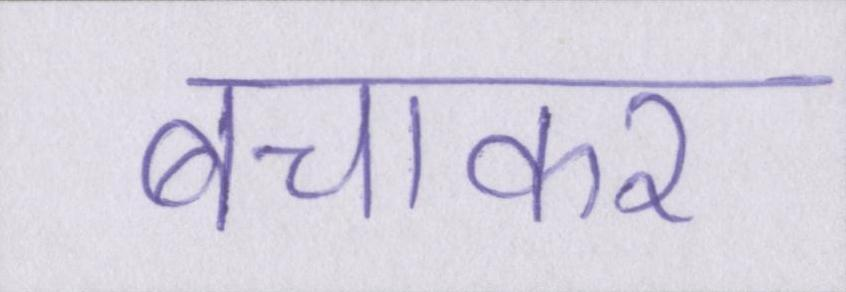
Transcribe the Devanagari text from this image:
बचाकर